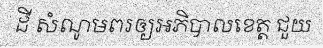
ដី សំណូមពរឲ្យអភិបាលខេត្ត ជួយ